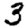
Digit: 3